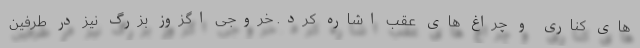
های کناری و چراغ های عقب اشاره کرد. خروجی اگزوز بزرگ نیز در طرفین